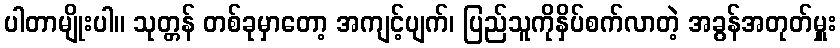
ပါတာမျိုးပါ။ သုတ္တန် တစ်ခုမှာတော့ အကျင့်ပျက်၊ ပြည်သူကိုနှိပ်စက်လာတဲ့ အခွန်အတုတ်မှူး